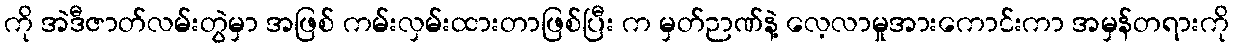
ကို အဲဒီဇာတ်လမ်းတွဲမှာ အဖြစ် ကမ်းလှမ်းထားတာဖြစ်ပြီး က မှတ်ဉာဏ်နဲ့ လေ့လာမှုအားကောင်းကာ အမှန်တရားကို